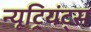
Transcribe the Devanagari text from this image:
न्यूट्रियंट्स